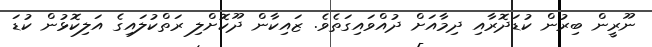
ނޫރީން ބިރުން ކުޑަދޮރާއި ދިމާއަށް ދުއްވައިގަތެވެ. ޒައިކާން ދޫކޮށްލި ރަތްކުލައިގެ އަލިކޮޅުން ކުޑަ